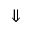
\Downarrow